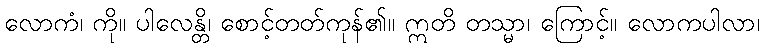
လောကံ၊ ကို။ ပါလေန္တိ၊ စောင့်တတ်ကုန်၏။ ဣတိ တသ္မာ၊ ကြောင့်။ လောကပါလာ၊